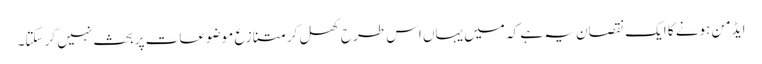
ایڈمن ہونے کا ایک نقصان یہ ہے کہ میں یہاں اس طرح کھل کر متنازع موضوعات پر بحث نہیں کر سکتا۔